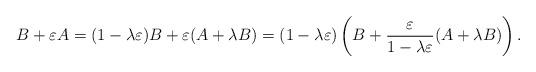
LaTeX: \begin{align*}B+\varepsilon A=(1-\lambda\varepsilon)B+\varepsilon(A+\lambda B)=(1-\lambda\varepsilon)\left(B+\frac\varepsilon{1-\lambda\varepsilon}(A+\lambda B)\right).\end{align*}